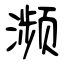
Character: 濒